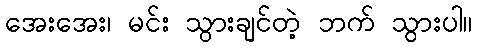
အေးအေး၊ မင်း သွားချင်တဲ့ ဘက် သွားပါ။